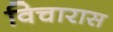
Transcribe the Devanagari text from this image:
विचारास